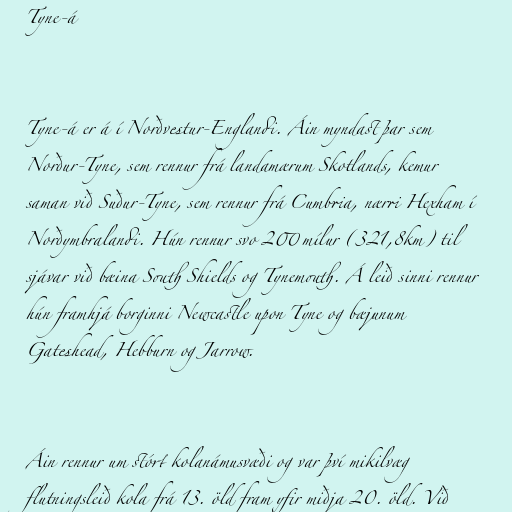
Tyne-á

Tyne-á er á í Norðvestur-Englandi. Áin myndast þar sem
Norður-Tyne, sem rennur frá landamærum Skotlands, kemur
saman við Suður-Tyne, sem rennur frá Cumbria, nærri Hexham í
Norðymbralandi. Hún rennur svo 200 mílur (321,8km) til
sjávar við bæina South Shields og Tynemouth. Á leið sinni rennur
hún framhjá borginni Newcastle upon Tyne og bæjunum
Gateshead, Hebburn og Jarrow.

Áin rennur um stórt kolanámusvæði og var því mikilvæg
flutningsleið kola frá 13. öld fram yfir miðja 20. öld. Við